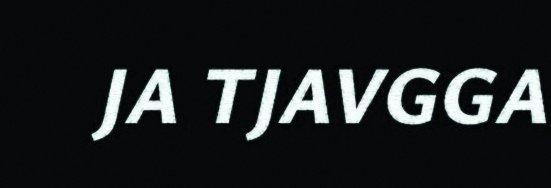
JA TJAVGGA